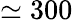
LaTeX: \simeq 300